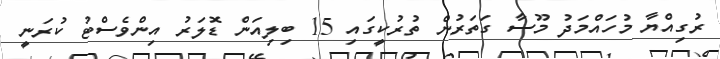
ރުގިއްޔާ މުހައްމަދު މޫސާ ގަތަރުން ތުރުކީގައި 15 ބިލިއަން ޑޮލަރު އިންވެސްޓު ކުރަނީ